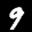
Label: 9